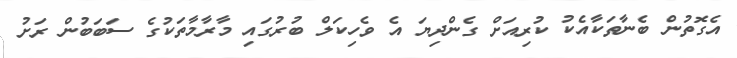
އެގޮތުން ބެނާތަކާއެކު ކުރިއަށް ގެންދިޔަ އެ ވެހިކަލް ބުރުގައި މާރާމާތަކުގެ ސަބަބުން ރަށު